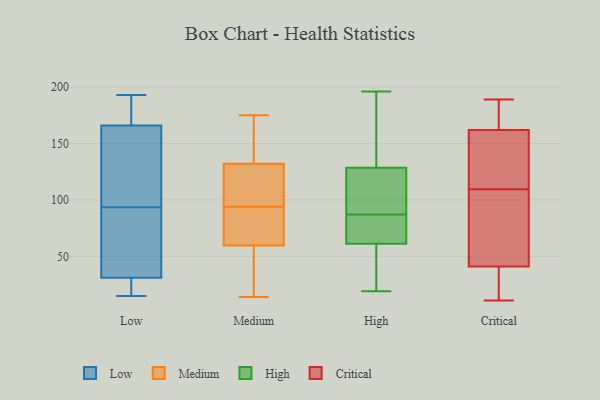
{"axis": {"x": "Production Output", "y": "Value"}, "legend": ["Critical", "High", "Low", "Medium"], "data": [{"x": "", "y": 58, "type": "Low"}, {"x": "", "y": 76, "type": "Low"}, {"x": "", "y": 146, "type": "Low"}, {"x": "", "y": 166, "type": "Low"}, {"x": "", "y": 170, "type": "Low"}, {"x": "", "y": 15, "type": "Low"}, {"x": "", "y": 152, "type": "Low"}, {"x": "", "y": 26, "type": "Low"}, {"x": "", "y": 31, "type": "Low"}, {"x": "", "y": 85, "type": "Low"}, {"x": "", "y": 102, "type": "Low"}, {"x": "", "y": 181, "type": "Low"}, {"x": "", "y": 193, "type": "Low"}, {"x": "", "y": 15, "type": "Low"}, {"x": "", "y": 52, "type": "Low"}, {"x": "", "y": 22, "type": "Low"}, {"x": "", "y": 118, "type": "Low"}, {"x": "", "y": 167, "type": "Low"}, {"x": "", "y": 147, "type": "Medium"}, {"x": "", "y": 115, "type": "Medium"}, {"x": "", "y": 95, "type": "Medium"}, {"x": "", "y": 86, "type": "Medium"}, {"x": "", "y": 121, "type": "Medium"}, {"x": "", "y": 135, "type": "Medium"}, {"x": "", "y": 94, "type": "Medium"}, {"x": "", "y": 131, "type": "Medium"}, {"x": "", "y": 47, "type": "Medium"}, {"x": "", "y": 83, "type": "Medium"}, {"x": "", "y": 64, "type": "Medium"}, {"x": "", "y": 142, "type": "Medium"}, {"x": "", "y": 37, "type": "Medium"}, {"x": "", "y": 90, "type": "Medium"}, {"x": "", "y": 21, "type": "Medium"}, {"x": "", "y": 14, "type": "Medium"}, {"x": "", "y": 175, "type": "Medium"}, {"x": "", "y": 87, "type": "High"}, {"x": "", "y": 66, "type": "High"}, {"x": "", "y": 78, "type": "High"}, {"x": "", "y": 19, "type": "High"}, {"x": "", "y": 196, "type": "High"}, {"x": "", "y": 104, "type": "High"}, {"x": "", "y": 62, "type": "High"}, {"x": "", "y": 130, "type": "High"}, {"x": "", "y": 163, "type": "High"}, {"x": "", "y": 124, "type": "High"}, {"x": "", "y": 148, "type": "High"}, {"x": "", "y": 61, "type": "High"}, {"x": "", "y": 50, "type": "High"}, {"x": "", "y": 99, "type": "High"}, {"x": "", "y": 47, "type": "High"}, {"x": "", "y": 178, "type": "Critical"}, {"x": "", "y": 161, "type": "Critical"}, {"x": "", "y": 158, "type": "Critical"}, {"x": "", "y": 189, "type": "Critical"}, {"x": "", "y": 40, "type": "Critical"}, {"x": "", "y": 136, "type": "Critical"}, {"x": "", "y": 176, "type": "Critical"}, {"x": "", "y": 15, "type": "Critical"}, {"x": "", "y": 163, "type": "Critical"}, {"x": "", "y": 103, "type": "Critical"}, {"x": "", "y": 11, "type": "Critical"}, {"x": "", "y": 42, "type": "Critical"}, {"x": "", "y": 39, "type": "Critical"}, {"x": "", "y": 116, "type": "Critical"}, {"x": "", "y": 68, "type": "Critical"}, {"x": "", "y": 79, "type": "Critical"}]}